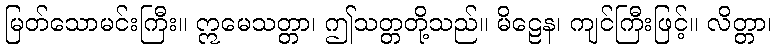
မြတ်သောမင်းကြီး။ ဣမေသတ္တာ၊ ဤသတ္တတို့သည်။ မိဠေန၊ ကျင်ကြီးဖြင့်။ လိတ္တာ၊